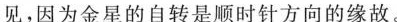
见，因为金星的自转是顺时针方向的缘故。